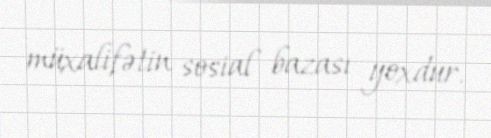
müxalifətin sosial bazası yoxdur.